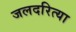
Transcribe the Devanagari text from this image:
जलदरित्या